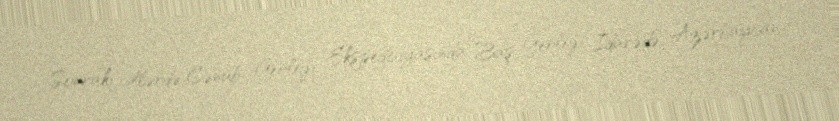
Sonrakı illərdə Cənub Geoloji Ekspedisiyasında, Baş Geoloji İdarədə, Azərbaycan